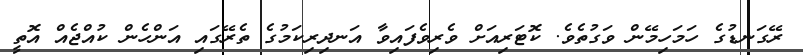
ރޭގަނޑުގެ ހަމަހިމޭން ވަގުތެވެ. ކޮޓަރިއަށް ވެރިވެފައިވާ އަނދިރިކަމުގެ ތެރޭގައި އަންހެން ކުއްޖެއް އޮތީ